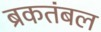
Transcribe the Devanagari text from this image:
ब्रकतंबल